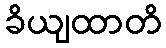
ခိယျထာတိ